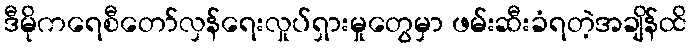
ဒီမိုကရေစီတော်လှန်ရေးလှုပ်ရှားမှုတွေမှာ ဖမ်းဆီးခံရတဲ့အချိန်ထိ